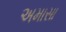
અમાસા